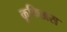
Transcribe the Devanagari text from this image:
कूफिअस